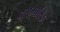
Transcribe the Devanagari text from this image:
पराम्परिक